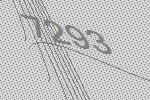
7293